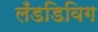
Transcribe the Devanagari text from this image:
लँडडिविग